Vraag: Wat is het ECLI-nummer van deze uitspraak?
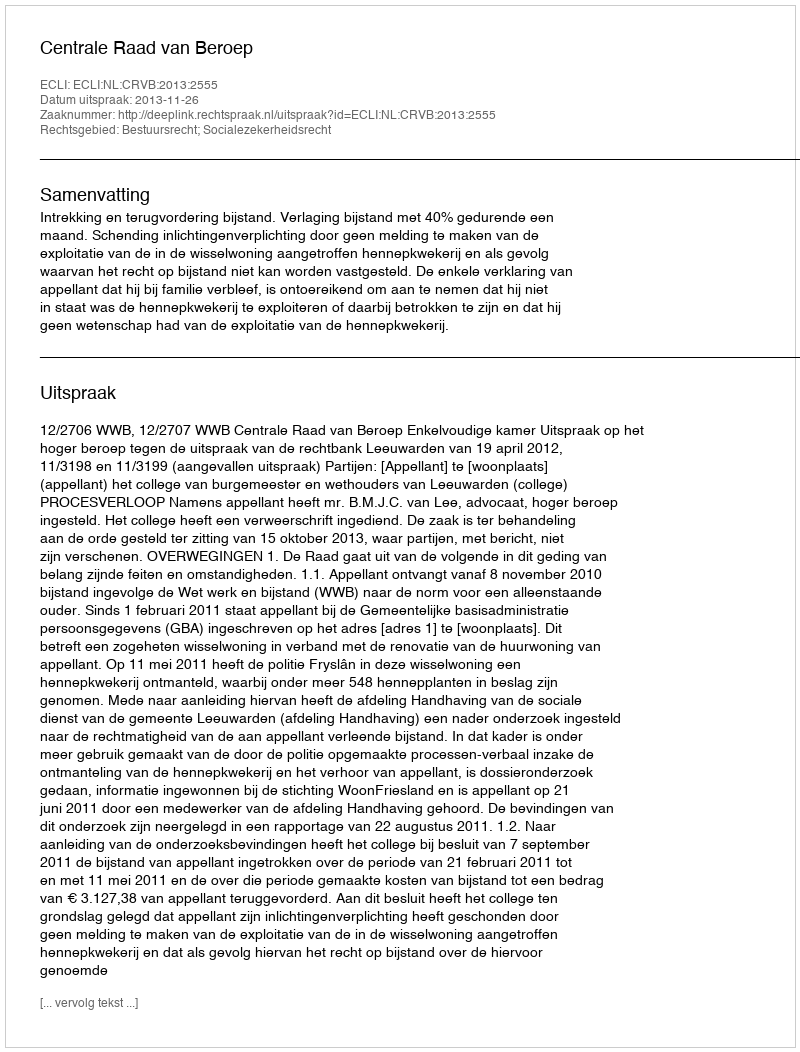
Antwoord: ECLI:NL:CRVB:2013:2555